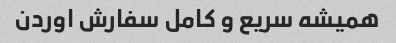
همیشه سریع و کامل سفارش اوردن